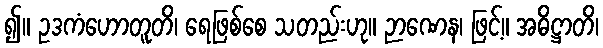
၍။ ဥဒကံဟောတူတိ၊ ရေဖြစ်စေ သတည်းဟု။ ဉာဏေန၊ ဖြင့်။ အဓိဋ္ဌာတိ၊